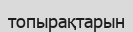
топырақтарын